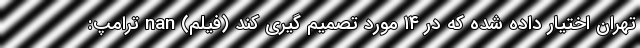
تهران اختیار داده شده که در ۱۴ مورد تصمیم گیری کند (فیلم) nan ترامپ: